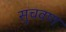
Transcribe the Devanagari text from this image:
सुचवण